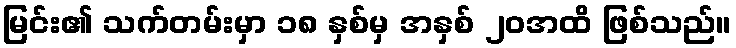
မြင်း၏ သက်တမ်းမှာ ၁၈ နှစ်မှ အနှစ် ၂၀အထိ ဖြစ်သည်။